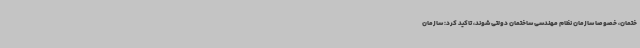
ختمان، خصوصا سازمان نظام مهندسی ساختمان دولتی شوند، تاکید کرد: سازمان